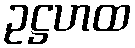
ဥဋ္ဌဟထ